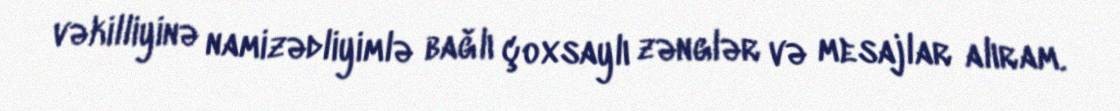
vəkilliyinə namizədliyimlə bağlı çoxsaylı zənglər və mesajlar alıram.